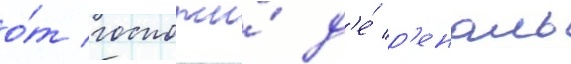
о́т госпожи́ д'е́ р'еналь